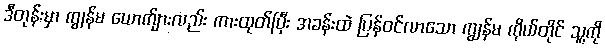
ဒီတုန်းမှာ ကျွန်မ ယောက်ျားလည်း ကားထုတ်ပြီး အခန်းထဲ ပြန်ဝင်လာသော ကျွန်မ ကိုယ်တိုင် သူ့ကို